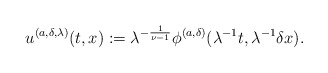
\begin{align*}u^{(a,\delta,\lambda)}(t,x):= \lambda^{-\frac{1}{\nu-1}} \phi^{(a,\delta)}(\lambda^{-1}t, \lambda^{-1}\delta x). \end{align*}